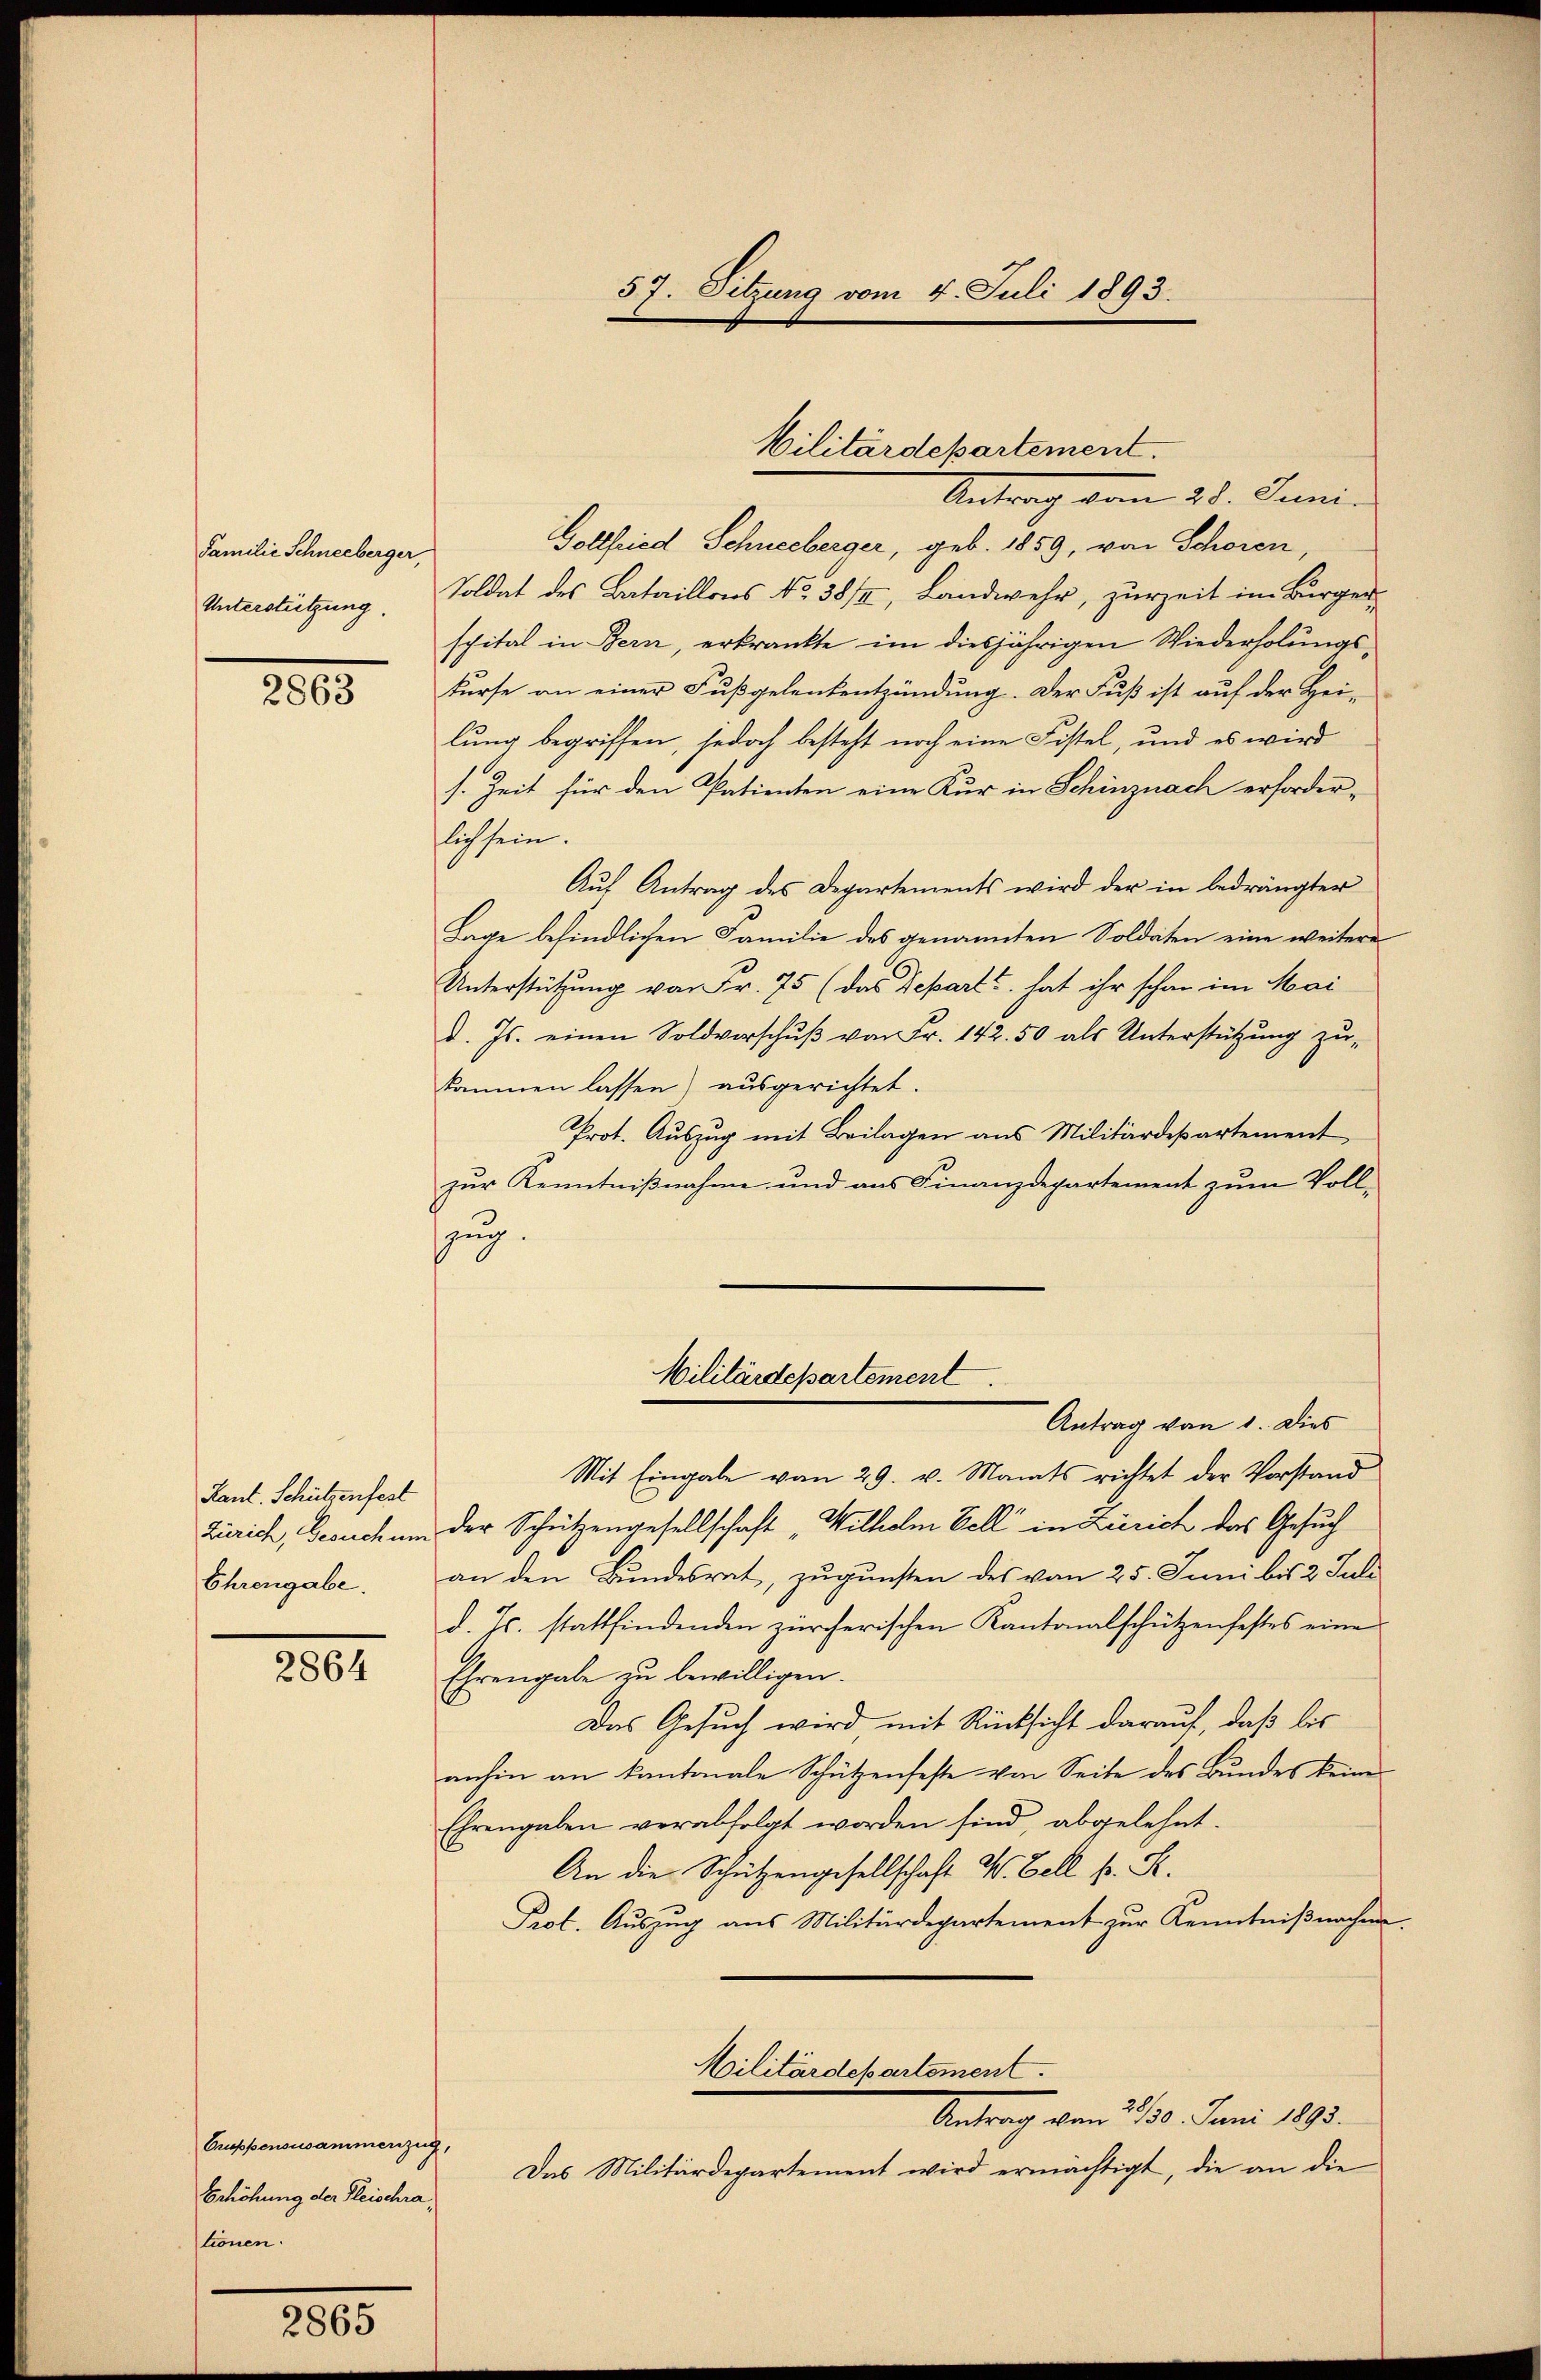
Familie Schneeberger,
Unterstützung.

2863

Kant. Schützenfest
Ehrengabe.

2864

Antrag vom 28. Juni.
Gollfried Schneeberger, geb. 1859, von Schoren,
Soldat des Bataillons No 38/4, Landwehr, zurzeit im Bürger
spital in Bern, erkränkte im diesjährigen Wiederholungskurse an einer Fußgelenkentzündung. Der Fuß ist auf der Hei-
lung begriffen, jedoch besteht noch eine Fistel, und es wird
s. Zeit für den Patienten eine Kur in Schinznach erforderlich sein.
Aŭf Antrag des Departements wird der in bedrängter
Lage befindlichen Familie des genannten Soldaten eine weitere
Unterstützung von Fr. 75 (das Separt hat ihr schon im Mai
d. Js. einen Soldverschŭβ von Fr. 142. 50 als Unterstützŭng zŭ-
kommen lassen) ausgerichtet.
Prot. Auszug mit Beilagen aus Militärdepartement
zur Kenntnißnahme und aus Finanzdepartement zum Vollzug.
Militärdepartement
Antrag von 1. Dies
Mit Eingabe vom 29. v. Manats richtet der Vorstand
Zürich, Gesuch um der Schützengesellschaft "Wilhelm Fell in Zürich das Gesuch
an den Bundesrat, zugunsten des vom 25. Juni bis 2 Juli
d. Js. stattfindenden zürcherischen Kantonalschützenfestes eine
Ehrengabe zu bewilligen.
Das Gesuch wird, mit Rücksicht darauf, daß bis
anhin an kantonale Schützenfeste von Seite des Bundes keine
Ehrengaben verabfolgt worden sind, abgelehnt.
An die Schützengesellschaft W. Zell pr. S.
Prot. Auszug aus Militärdepartement zur Kenntniß nachen.
Militärdepartement.
Antrag vom 2./13. Juni 1893.
Das Militärdepartement wird ermächtigt, die an die

Gruppensusammenzug,
Erhöhung der Fleischratönen.

2865

57. Sitzung vom 4. Juli 1893.

Militärdepartement.